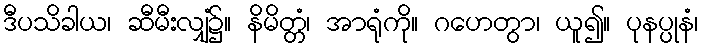
ဒီပသိခါယ၊ ဆီမီးလျှံ၌။ နိမိတ္တံ၊ အာရုံကို။ ဂဟေတွာ၊ ယူ၍။ ပုနပ္ပုနံ၊